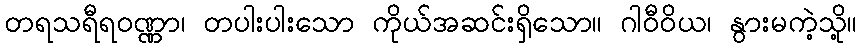
တရသရီရဝဏ္ဏာ၊ တပါးပါးသော ကိုယ်အဆင်းရှိသော။ ဂါဝီဝိယ၊ နွားမကဲ့သို့။